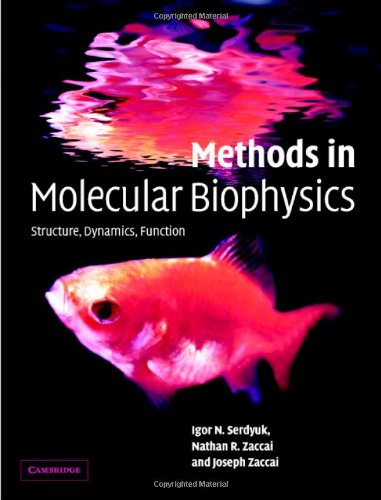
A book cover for Methods in Molecular Biophysics: Structure, Dynamics, Function; Igor N. Serdyuk; Science & Math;